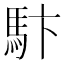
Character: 𩡼